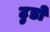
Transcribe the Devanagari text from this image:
टुडो